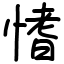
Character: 愭